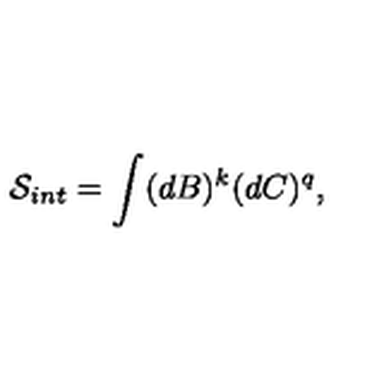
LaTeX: \mathcal { S } _ { i n t } = \int ( d B ) ^ { k } ( d C ) ^ { q } ,